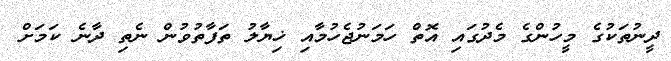
ދީނުތަކުގެ މީހުންގެ މެދުގައި އޮތް ހަމަނުޖެހުމާއި ޚިޔާލު ތަފާތުވުން ނެތި ދާނެ ކަމަށް